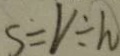
S = V \div h